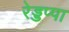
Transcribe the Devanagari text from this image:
रेड्डप्पा